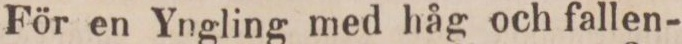
För en Yngling med håg och fallen-